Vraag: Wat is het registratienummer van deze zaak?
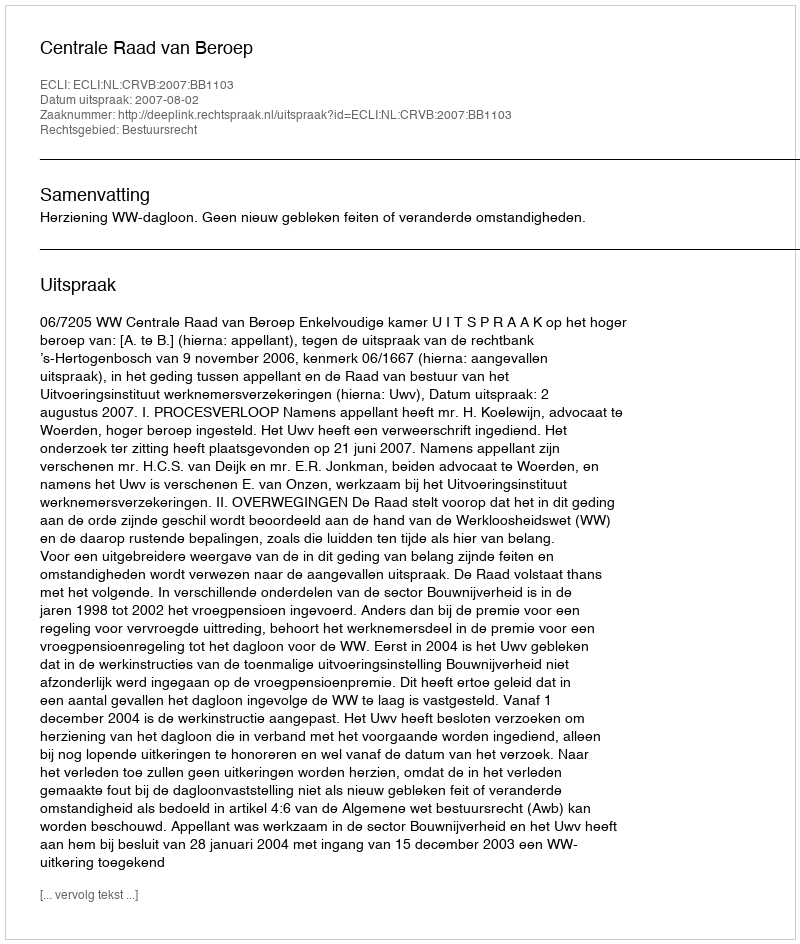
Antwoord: http://deeplink.rechtspraak.nl/uitspraak?id=ECLI:NL:CRVB:2007:BB1103